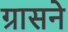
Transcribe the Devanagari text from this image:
ग्रासने